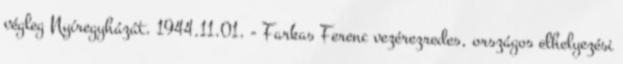
végleg Nyíregyházát. 1944.11.01. - Farkas Ferenc vezérezredes, országos elhelyezési